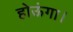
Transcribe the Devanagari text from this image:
होऊंगा।